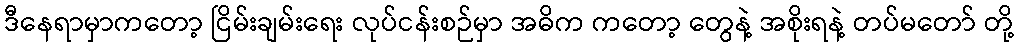
ဒီနေရာမှာကတော့ ငြိမ်းချမ်းရေး လုပ်ငန်းစဉ်မှာ အဓိက ကတော့ တွေနဲ့ အစိုးရနဲ့ တပ်မတော် တို့